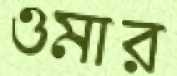
ওমার